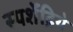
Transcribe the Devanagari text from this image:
स्पर्शेंद्रिये